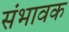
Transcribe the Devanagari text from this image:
संभावक